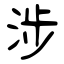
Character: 涉